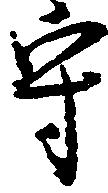
守